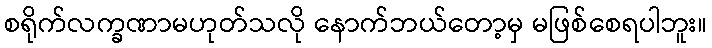
စရိုက်လက္ခဏာမဟုတ်သလို နောက်ဘယ်တော့မှ မဖြစ်စေရပါဘူး။